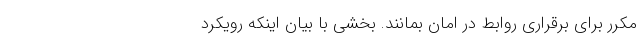
مکرر برای برقراری روابط در امان بمانند. بخشی با بیان اینکه رویکرد